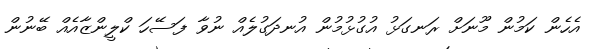
އެހެން ކަމުން މޫނަށް ރަނގަޅު އުގުޅުމުން އުނދަގުލެއް ނުވާ ފަސޭހަ ކްލީންޒާއެއް ބޭނުން